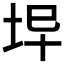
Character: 𡊈